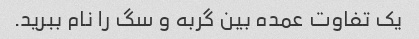
یک تفاوت عمده بین گربه و سگ را نام ببرید.